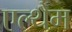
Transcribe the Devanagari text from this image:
एल्थैम